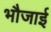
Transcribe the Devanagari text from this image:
भौजाई